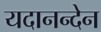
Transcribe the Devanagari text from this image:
यदानन्देन